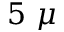
5 ~ \mu